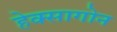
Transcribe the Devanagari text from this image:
हेक्सागोन